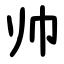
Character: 帅